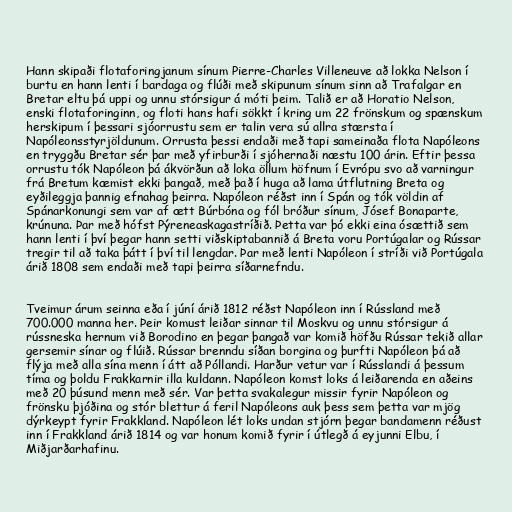
Hann skipaði flotaforingjanum sínum Pierre-Charles Villeneuve að lokka Nelson í
burtu en hann lenti í bardaga og flúði með skipunum sínum sinn að Trafalgar en
Bretar eltu þá uppi og unnu stórsigur á móti þeim. Talið er að Horatio Nelson,
enski flotaforinginn, og floti hans hafi sökkt í kring um 22 frönskum og spænskum
herskipum í þessari sjóorrustu sem er talin vera sú allra stærsta í
Napóleonsstyrjöldunum. Orrusta þessi endaði með tapi sameinaða flota Napóleons
en tryggðu Bretar sér þar með yfirburði í sjóhernaði næstu 100 árin. Eftir þessa
orrustu tók Napóleon þá ákvörðun að loka öllum höfnum í Evrópu svo að varningur
frá Bretum kæmist ekki þangað, með það í huga að lama útflutning Breta og
eyðileggja þannig efnahag þeirra. Napóleon réðst inn í Spán og tók völdin af
Spánarkonungi sem var af ætt Búrbóna og fól bróður sínum, Jósef Bonaparte,
krúnuna. Þar með hófst Pýreneaskagastríðið. Þetta var þó ekki eina ósættið sem
hann lenti í því þegar hann setti viðskiptabannið á Breta voru Portúgalar og Rússar
tregir til að taka þátt í því til lengdar. Þar með lenti Napóleon í stríði við Portúgala
árið 1808 sem endaði með tapi þeirra síðarnefndu.

Tveimur árum seinna eða í júní árið 1812 réðst Napóleon inn í Rússland með
700.000 manna her. Þeir komust leiðar sinnar til Moskvu og unnu stórsigur á
rússneska hernum við Borodino en þegar þangað var komið höfðu Rússar tekið allar
gersemir sínar og flúið. Rússar brenndu síðan borgina og þurfti Napóleon þá að
flýja með alla sína menn í átt að Póllandi. Harður vetur var í Rússlandi á þessum
tíma og þoldu Frakkarnir illa kuldann. Napóleon komst loks á leiðarenda en aðeins
með 20 þúsund menn með sér. Var þetta svakalegur missir fyrir Napóleon og
frönsku þjóðina og stór blettur á feril Napóleons auk þess sem þetta var mjög
dýrkeypt fyrir Frakkland. Napóleon lét loks undan stjórn þegar bandamenn réðust
inn í Frakkland árið 1814 og var honum komið fyrir í útlegð á eyjunni Elbu, í
Miðjarðarhafinu.